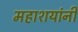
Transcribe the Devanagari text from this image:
महाशयांनी